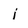
Character: i